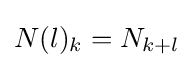
N(l)_{k}=N_{k+l}